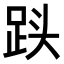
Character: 𮛓